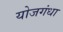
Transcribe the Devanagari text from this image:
योजगंधा